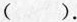
﹙ ﹚。